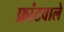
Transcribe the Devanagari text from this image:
फ्रांटवाले